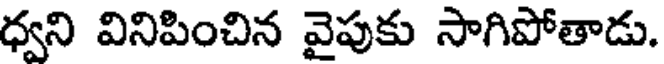
ధ్వని వినిపించిన వైపుకు సాగిపోతాడు.